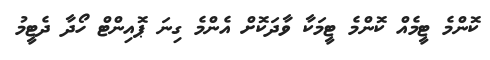
ކޮންމެ ޓީމެއް ކޮންމެ ޓީމަކާ ވާދަކޮށް އެންމެ ގިނަ ޕޮއިންޓް ހޯދާ ދެޓީމު